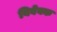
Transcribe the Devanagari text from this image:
विवेवक